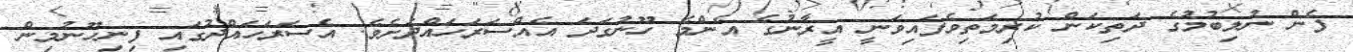
ފެން ނުލިބުމުގެ ދަތިކަން ކުރިމަތިވެފައިވަނީ އީރާނުގެ އެންމެ ހޫނުގަދަ އެއްސަރަހައްދަށެވެ. އެސަރަހައްދުގައި ފިނިހޫނުމިން